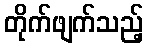
တိုက်ဖျက်သည့်